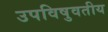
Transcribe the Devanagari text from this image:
उपविषुवतीय